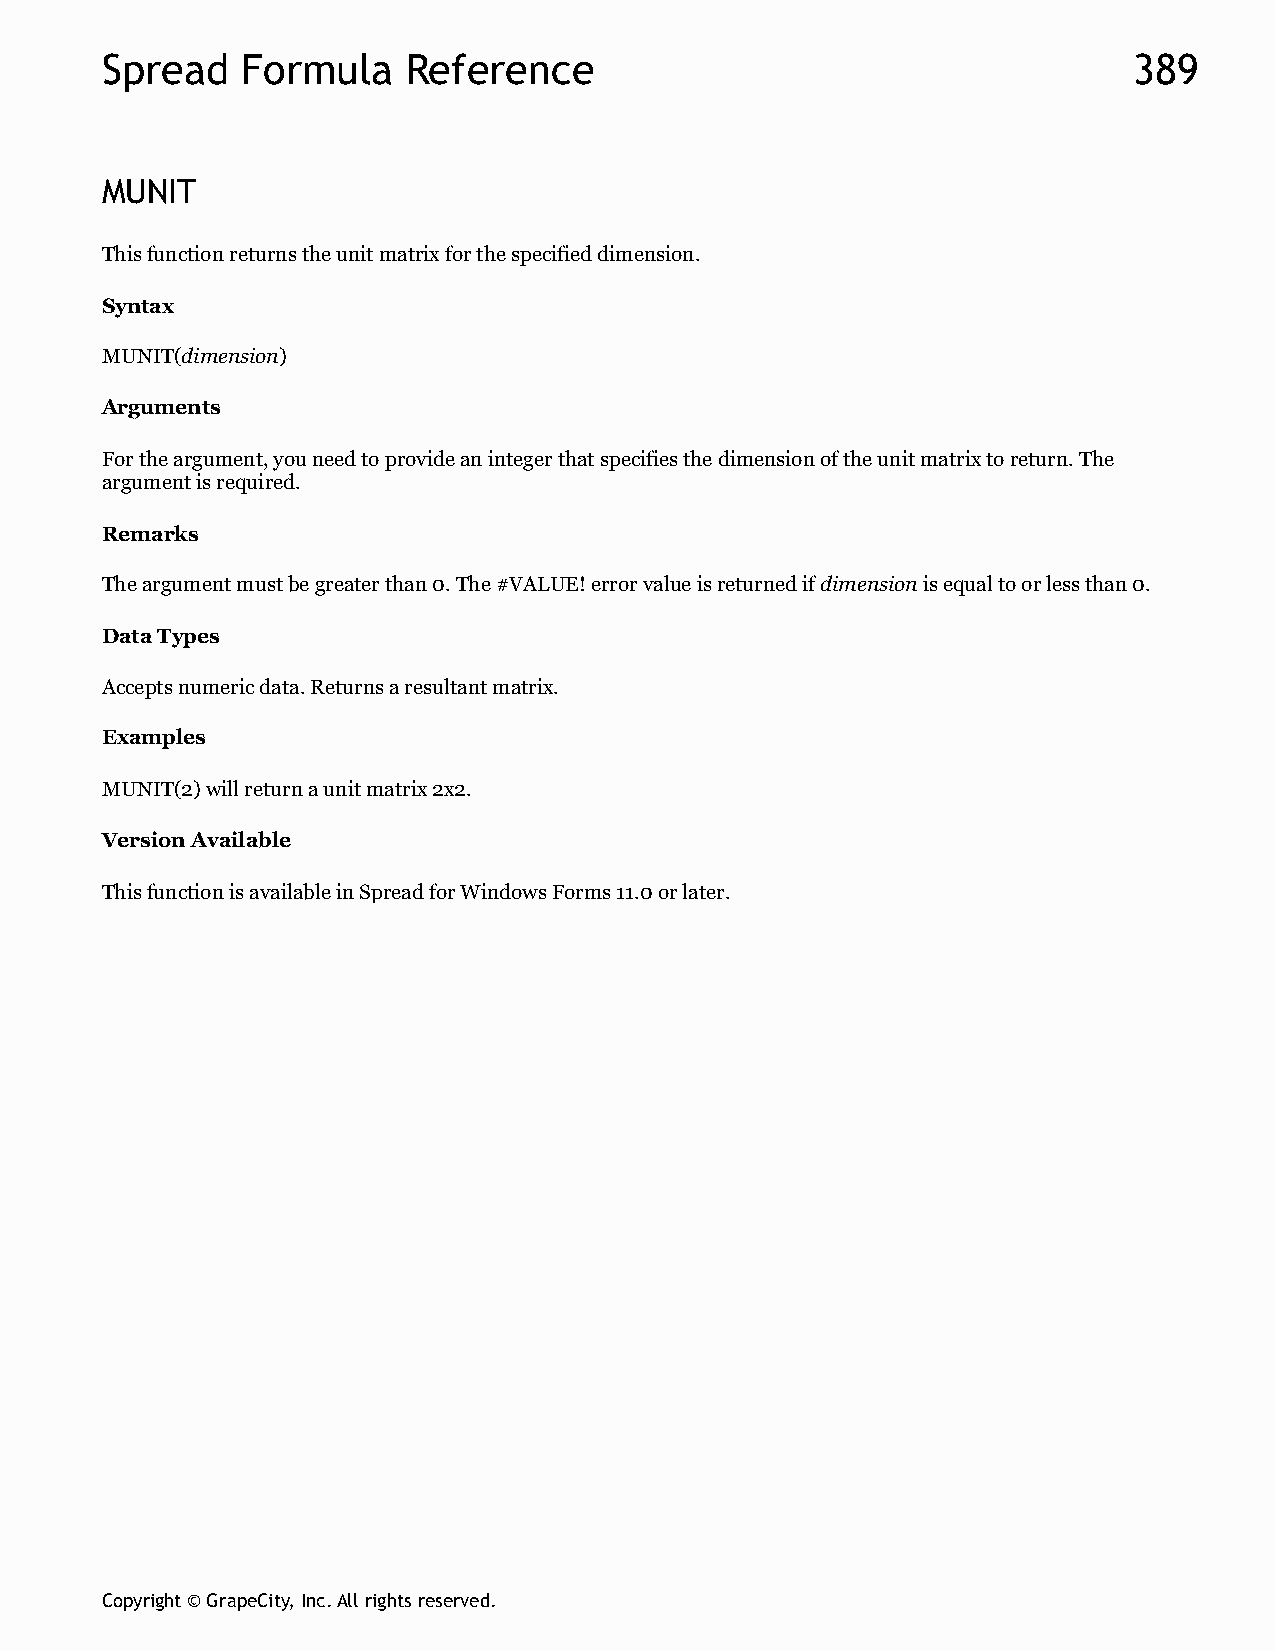
Spread   Formula    Reference                                       389
 MUNIT
 This function returns the unit matrix for the specified dimension.
 Syntax
 MUNIT(dimension)
 Arguments
 For the argument, you need to provide an integer that specifies the dimension of the unit matrix to return. The
 argument is required.
 Remarks
 The argument must be greater than 0. The #VALUE! error value is returned if dimension is equal to or less than 0.
 Data Types
 Accepts numeric data. Returns a resultant matrix.
 Examples
 MUNIT(2) will return a unit matrix 2x2.
 Version Available
 This function is available in Spread for Windows Forms 11.0 or later.
 Copyright © GrapeCity, Inc. All rights reserved.